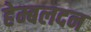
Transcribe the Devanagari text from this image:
हेम्बलदन